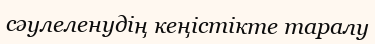
cәулеленудің кеңістікте таралу